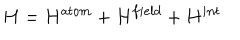
H = H ^ { a t o m } + H ^ { f i e l d } + H ^ { i n t }